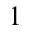
^ { 1 }